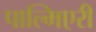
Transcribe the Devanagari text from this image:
पाल्मिएरी